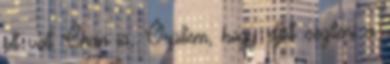
ott volt Chan is. Örültem, hogy eljött segíteni a